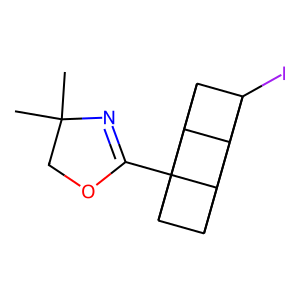
SMILES: CC1(C)COC(C23C4C5C2C2C3C4C52I)=N1
Inhibits HIV replication: No